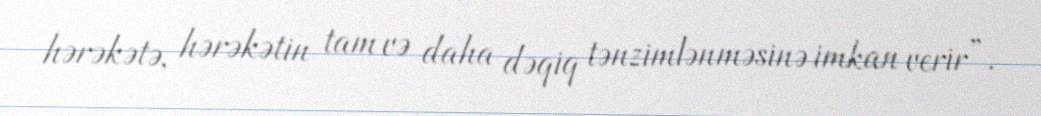
hərəkətə, hərəkətin tam və daha dəqiq tənzimlənməsinə imkan verir”.